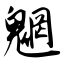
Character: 魍